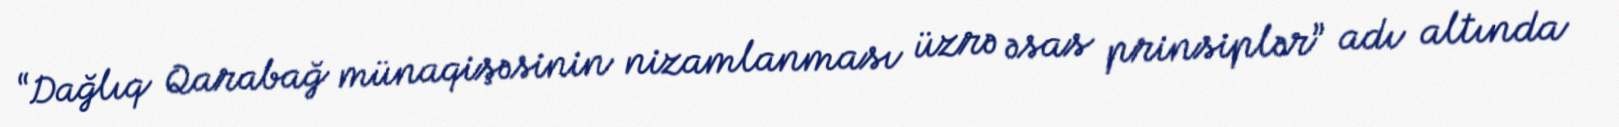
“Dağlıq Qarabağ münaqişəsinin nizamlanması üzrə əsas prinsiplər” adı altında